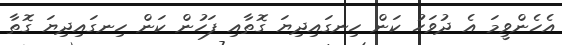
އެހެންވީމަ އެ ދުވަހު ކަން ހިނގައިދިޔަ ގޮތާއި ފަހުން ކަން ހިނގައިދިޔަ ގޮތާ